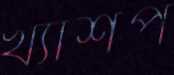
খ্যাঁশপ